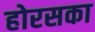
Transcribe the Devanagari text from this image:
होरसका